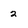
Character: 2